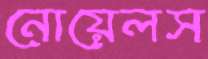
নোয়েলস